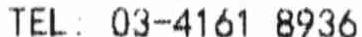
TEL . 03-4161 8936